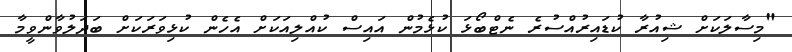
"މިސާލަކަށް ޝިއުރާ ކުޑައިރުއްސުރެ ނެޓްބޯޅަ ކުޅެމުން އައިސް ކުއްލިއަކަށް އެހެން ކުޅިވަރަކަށް ބަދަލުވާންވީމާ